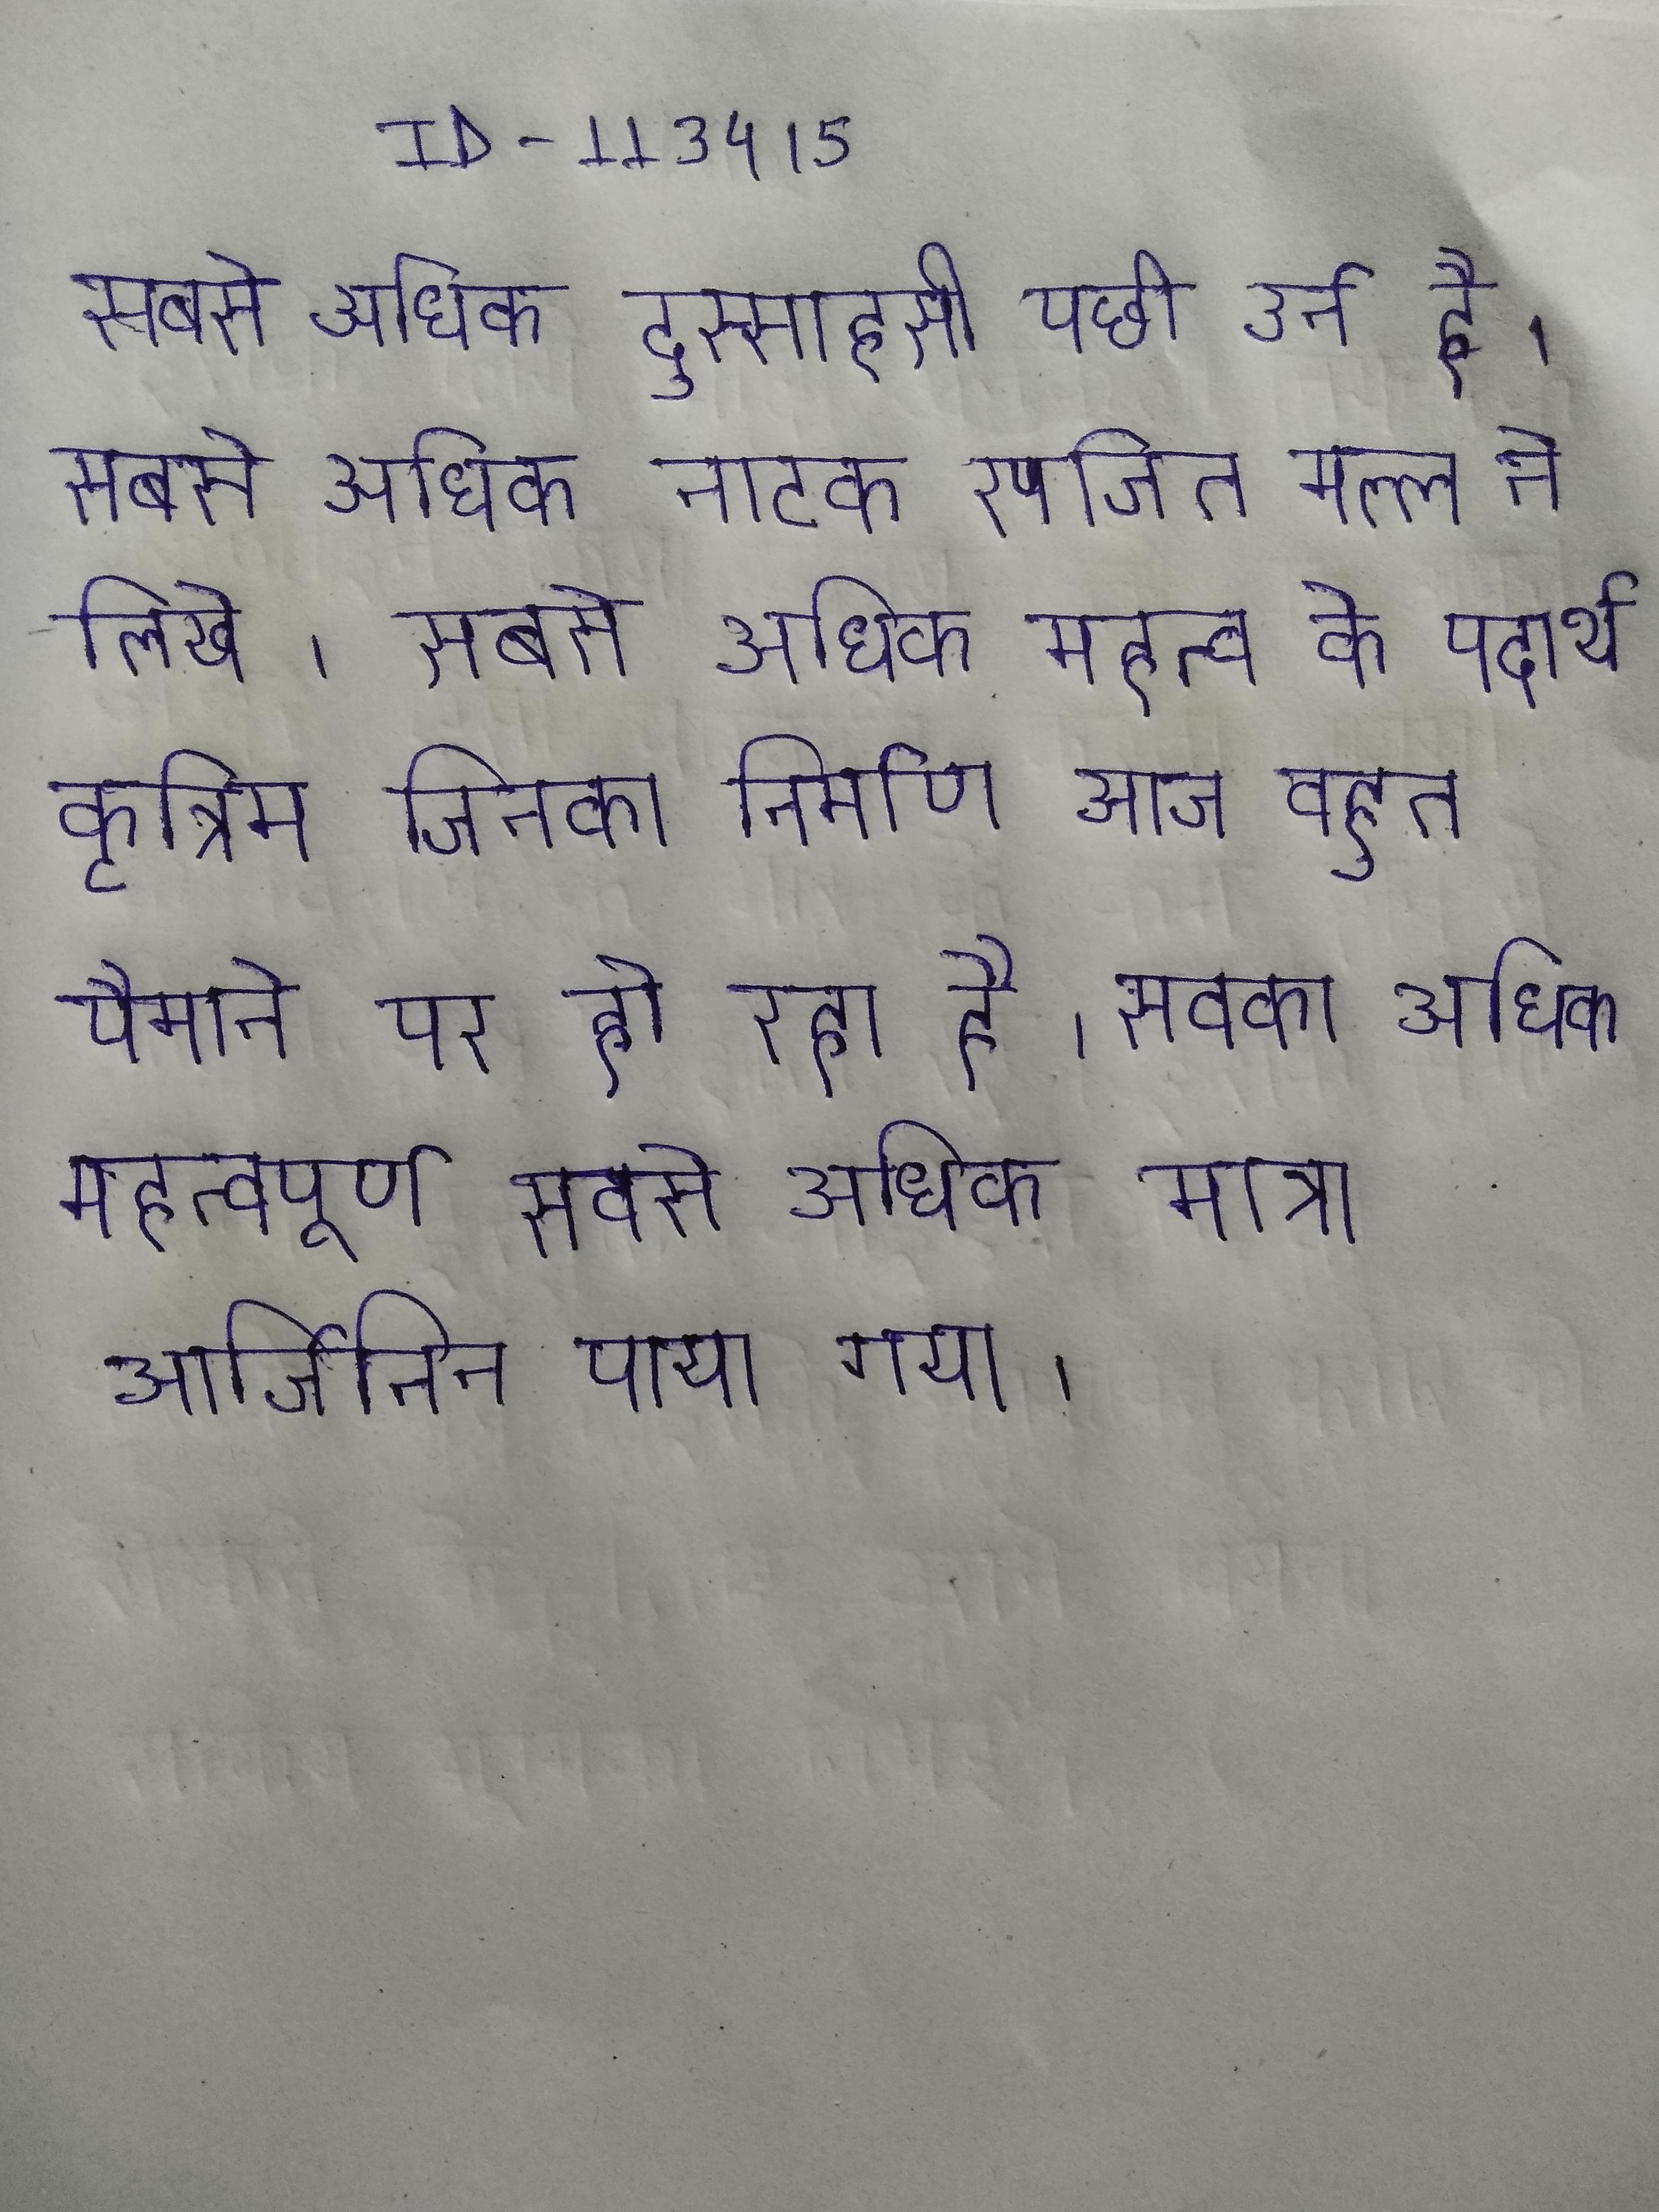
सबसे अधिक दुस्साहसी पछी उर्न है । सबसे अधिक नाटक रणजित मल्ल ने लिखे । सबसे अधिक महत्व के पदार्थ कृत्रिम जिनका निर्माण आज बहुत पैमाने पर हो रहा है । सबसे अधिक महत्वपूर्ण सबसे अधिक मात्रा आर्जिनिन पाया गया ।